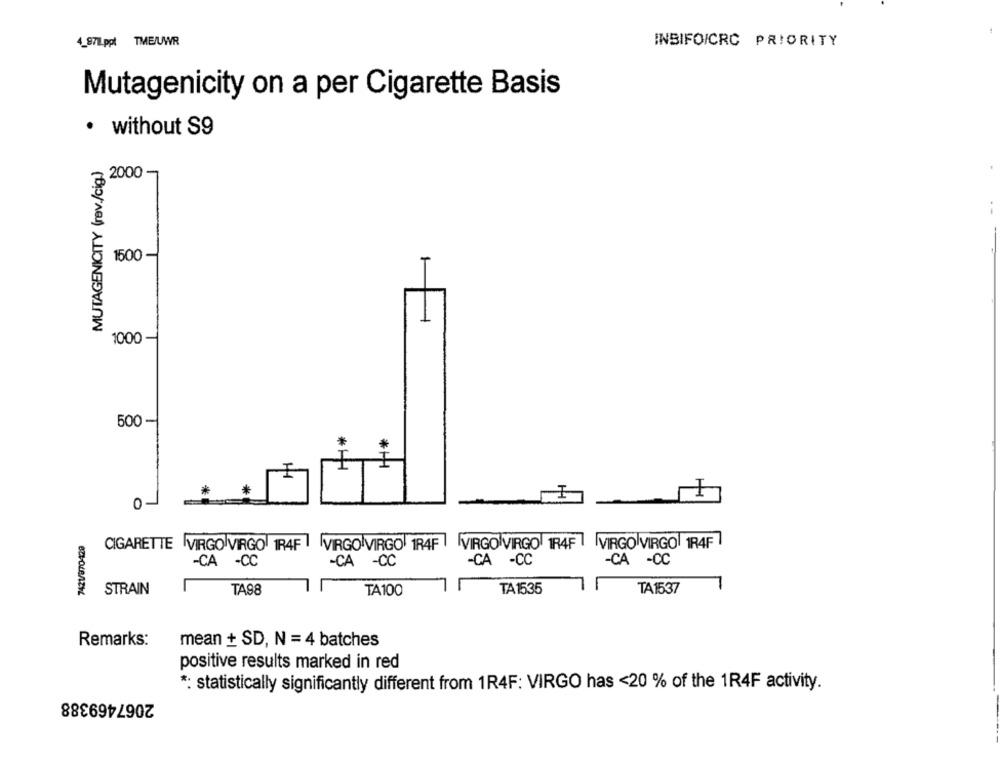
4_871Lppt TMEJUWR
INBIFOICRC PRIORITY
Mutagenicity on a per Cigarette Basis
· without S9
MUTAGENICITY (rev./cig.)
2000 -
1500 -
1000 -
500-
0-
7421/870-420
CIGARETTE VIRGO VIRGO 1R4F VIRGO VIRGO 1R4F VIRGO VIRGO 1R4F VIRGO VIRGO 1R4F
-CA -CC
-CA -CC
-CA -CC
CA -CC
STRAIN
TA98
TA100
TA1535
TA1537
Remarks:
mean + SD, N = 4 batches
positive results marked in red
*: statistically significantly different from 1R4F: VIRGO has <20 % of the 1R4F activity.
2067469388